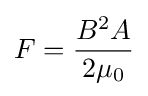
F={\frac {B^{2}A}{2\mu _{0}}}